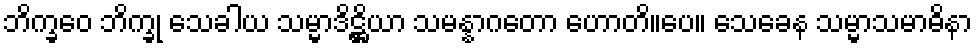
ဘိက္ခဝေ ဘိက္ခု သေခါယ သမ္မာဒိဋ္ဌိယာ သမန္နာဂတော ဟောတိ။ပေ။ သေခေန သမ္မာသမာဓိနာ